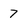
Character: 7